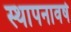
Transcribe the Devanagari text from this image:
स्थापनावर्ष